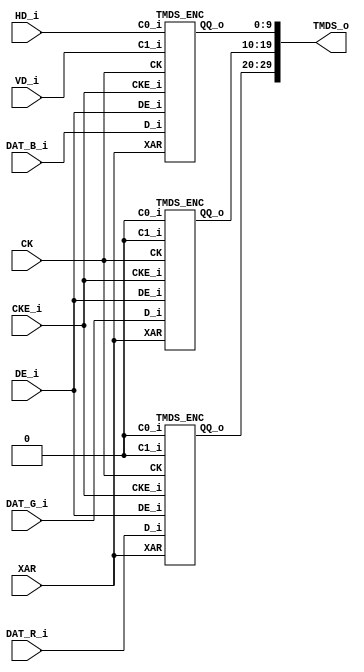
//DIV_ENC.v
//      DIV_ENC()
//
//
// base from vvvvvv
// http://sa89a.net/mp.cgi/ele/fpga_hdmi.htm
//
//151228mo      :retruct TMDS encoder  base sa89a mod
//151019mo      :add CKE
//                1st.


//             TDMS = {R,G,B}
module DVI_ENC( 
          input          CK
        , input         XAR
        , input         CKE_i
        , input [ 7 :0] DAT_R_i
        , input [ 7 :0] DAT_G_i
        , input [ 7 :0] DAT_B_i
        , input         DE_i
        , input         HD_i
        , input         VD_i
        , output [29 :0] TMDS_o
);

        wire [9 :0] QQA_R ;
        wire [9 :0] QQA_G ;
        wire [9 :0] QQA_B ;
        TMDS_ENC ENC_R(
                  CK
                , XAR
                , CKE_i
                , DAT_R_i
                , 1'b0
                , 1'b0
                , DE_i
                , QQA_R
        ) ;
        TMDS_ENC ENC_G(
                  CK
                , XAR
                , CKE_i
                , DAT_G_i
                , 1'b0 
                , 1'b0 
                , DE_i
                , QQA_G
        ) ;
        TMDS_ENC ENC_B(
                  CK
                , XAR
                , CKE_i
                , DAT_B_i
                , HD_i          //C0
                , VD_i          //C1
                , DE_i
                , QQA_B
        ) ;

        assign TMDS_o = {QQA_R , QQA_G , QQA_B} ;

endmodule // DVI_ENC()

module TMDS_ENC(
          input         CK 
        , input         XAR
        , input         CKE_i
        , input [ 7 :0] D_i
        , input         C0_i    //HD
        , input         C1_i    //VD
        , input         DE_i
        , output[ 9 :0] QQ_o
) ;
        function [ 4 :0] f_num_1_count ;
                input   [ 7 :0] NUM     ;
                integer         i       ;
        begin
                f_num_1_count = 0 ;
                for (i=0 ; i<8 ; i=i+1)
                        f_num_1_count = f_num_1_count + NUM[ i ] ;
        end endfunction 


        wire    [ 3 :0] n1_d ;
//        assign n1_d = 4'd0 +D_i[7]+D_i[6]+D_i[5]+D_i[4]+D_i[3]+D_i[2]+D_i[1]+D_i[0] ;
        assign n1_d = f_num_1_count( D_i ) ;
  

        wire    [ 4 :0] n1_qm   ;
        reg     [ 8 :0] Q_M     ;
//        assign n1_qm = 5'd0 + Q_M[7] + Q_M[6] + Q_M[5] + Q_M[4] + Q_M[3] + Q_M[2] + Q_M[1] + Q_M[0] ;
        assign n1_qm = f_num_1_count( Q_M ) ;


        //stage1
        reg                     DE_D    ;
        reg                     C0_D    ;
        reg                     C1_D    ;
        always @ (posedge CK or negedge XAR)
                if ( ~ XAR ) begin
                        Q_M <= 'd0 ;
                        DE_D <= 'd0 ;
                        C0_D <= 1'b0 ;
                        C1_D <= 1'b0 ;
                end else if ( CKE_i ) begin
                        if(
                                (n1_d > 4'd4)
                                ||
                                (
                                        (n1_d == 4'd4)
                                        &&
                                        ( ! D_i[0])
                                )
                        ) begin
                                Q_M[0] <= D_i[0];
                                Q_M[1] <= D_i[0]~^D_i[1];
                                Q_M[2] <= D_i[0]~^D_i[1]~^D_i[2];
                                Q_M[3] <= D_i[0]~^D_i[1]~^D_i[2]~^D_i[3];
                                Q_M[4] <= D_i[0]~^D_i[1]~^D_i[2]~^D_i[3]~^D_i[4];
                                Q_M[5] <= D_i[0]~^D_i[1]~^D_i[2]~^D_i[3]~^D_i[4]~^D_i[5];
                                Q_M[6] <= D_i[0]~^D_i[1]~^D_i[2]~^D_i[3]~^D_i[4]~^D_i[5]~^D_i[6];
                                Q_M[7] <= D_i[0]~^D_i[1]~^D_i[2]~^D_i[3]~^D_i[4]~^D_i[5]~^D_i[6]~^D_i[7];
                                Q_M[8] <= 1'b0;
                        end else begin
                                Q_M[0] <= D_i[0];
                                Q_M[1] <= D_i[0]^D_i[1];
                                Q_M[2] <= D_i[0]^D_i[1]^D_i[2];
                                Q_M[3] <= D_i[0]^D_i[1]^D_i[2]^D_i[3];
                                Q_M[4] <= D_i[0]^D_i[1]^D_i[2]^D_i[3]^D_i[4];
                                Q_M[5] <= D_i[0]^D_i[1]^D_i[2]^D_i[3]^D_i[4]^D_i[5];
                                Q_M[6] <= D_i[0]^D_i[1]^D_i[2]^D_i[3]^D_i[4]^D_i[5]^D_i[6];
                                Q_M[7] <= D_i[0]^D_i[1]^D_i[2]^D_i[3]^D_i[4]^D_i[5]^D_i[6]^D_i[7];
                                Q_M[8] <= 1'b1;
                        end //if
                        DE_D <= DE_i ;
                        C0_D <= C0_i ;
                        C1_D <= C1_i ;
                end //CKE_i


        //stage2
        reg             [ 9 :0] QQ              ;
        reg signed      [ 4 :0] CNT             ;
        always @ (posedge CK or negedge XAR)
                if ( ~ XAR ) begin
                        CNT <= 'd0 ;
                        QQ <=  'd0 ;
                end else if ( CKE_i) begin
                        if ( ~ DE_D) begin
                                CNT <= 5'sd0 ;
                                case( {C1_D , C0_D} )
                                        2'b00 : QQ <= 10'b11_01_01_01_00 ;
                                        2'b01 : QQ <= 10'b00_10_10_10_11 ;
                                        2'b10 : QQ <= 10'b01_01_01_01_00 ;
                                        2'b11 : QQ <= 10'b10_10_10_10_11 ;
                                endcase
                        end else begin
                                if((CNT == 5'sd0) || (n1_qm == 5'd4)) begin
                                        QQ <= { 
                                                  ~ Q_M[8]
                                                , Q_M[8]
                                                , (
                                                        Q_M[8] ? 
                                                                Q_M[ 7 :0] 
                                                        : 
                                                                ~ Q_M[ 7 :0]
                                                )
                                        } ;
                                        if ( Q_M[ 8 ])
                                                CNT <= CNT + (n1_qm + n1_qm - 5'd8);
                                        else
                                                CNT <= CNT + (5'd8 - n1_qm - n1_qm);
                                end else if (
                                        (
                                                (CNT > 5'sd0)
                                                &
                                                (n1_qm > 5'd4)
                                        )|(
                                                (CNT < 5'sd0)
                                                &
                                                (n1_qm < 5'd4)
                                        )
                                ) begin
                                        QQ <= {1'b1 , Q_M[8] , ~ Q_M[7:0]} ;
                                        CNT <= 
                                                  CNT 
                                                + {3'b0 , Q_M[8] , 1'b0} 
                                                + (5'd8 - n1_qm - n1_qm)
                                        ;
                                end else begin
                                        QQ <= {1'b0 , Q_M[8] , Q_M[7:0]} ;
                                        CNT <= 
                                                  CNT 
                                                - {3'b0 , ~Q_M[8] , 1'b0} 
                                                + (n1_qm + n1_qm - 5'd8)
                                        ;
                                end
                        end
                end
        assign QQ_o = QQ ;

endmodule // TMDS_ENC()